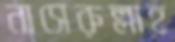
নাসেরুল্লাহ